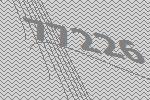
77226